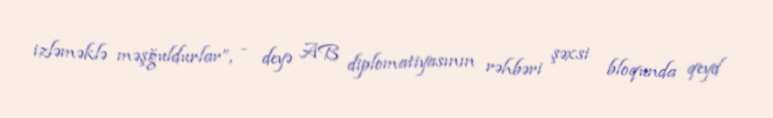
izləməklə məşğuldurlar”, - deyə AB diplomatiyasının rəhbəri şəxsi bloqunda qeyd